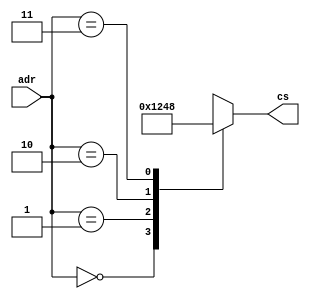
module lab5_decoder(adr,cs);
input [1:0] adr;
output reg [3:0] cs;


always @(adr) begin
			case (adr) 
				2'b00:  cs = 4'b0001;
				2'b01:  cs = 4'b0010;
				2'b10:  cs = 4'b0100;
				2'b11:  cs = 4'b1000;
			endcase
		end
endmodule